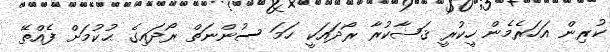
ކުރިން އަހަރެމެން ހީކުރީ ޤަޟާކުރާ ރޯދައަކީ ހަމަ ސުންނަތް ރޯދައިގެ ޙުކުމަށް ފެއްތޭ